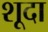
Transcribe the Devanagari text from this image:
शूदा